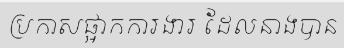
ប្រកាសផ្អាកការងារ ដែលនាងបាន